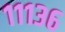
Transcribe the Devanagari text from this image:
१११३६